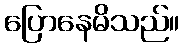
ပြောနေမိသည်။